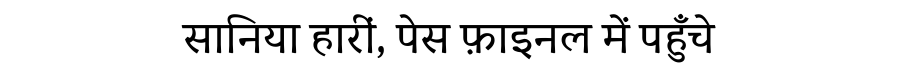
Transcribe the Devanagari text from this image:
सानिया हारीं, पेस फ़ाइनल में पहुँचे